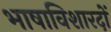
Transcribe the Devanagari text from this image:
भाषाविशारदों